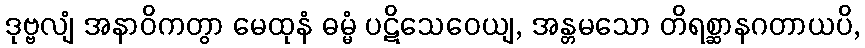
ဒုဗ္ဗလျံ အနာဝိကတွာ မေထုနံ ဓမ္မံ ပဋိသေဝေယျ, အန္တမသော တိရစ္ဆာနဂတာယပိ,